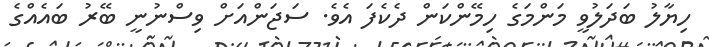
ހިޔާލު ބަދަލުވީ މަންމަގެ ހިމޭންކަން ދެކެފަ އެވެ. ސަޖަންއަށް ވިސްނުނީ ބޭރު ބައެއްގެ